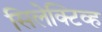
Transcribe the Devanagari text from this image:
सिलेक्टिव्ह